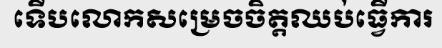
ទើបលោកសម្រេចចិត្តឈប់ធ្វើការ